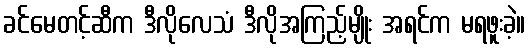
ခင်မေတင့်ဆီက ဒီလိုလေသံ ဒီလိုအကြည့်မျိုး အရင်က မရဖူးခဲ့။